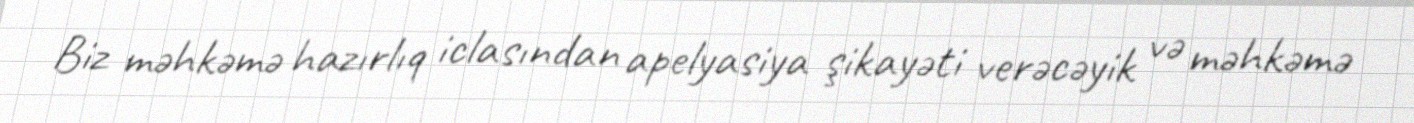
Biz məhkəmə hazırlıq iclasından apelyasiya şikayəti verəcəyik və məhkəmə